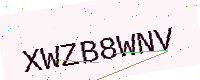
Text: XWZB8WNV